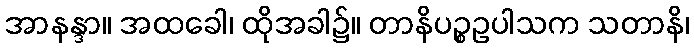
အာနန္ဒာ။ အထခေါ၊ ထိုအခါ၌။ တာနိပဉ္စဥပါသက သတာနိ၊